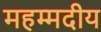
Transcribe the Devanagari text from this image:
महम्मदीय